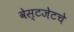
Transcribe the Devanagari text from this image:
वेस्टजेटचे